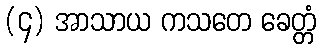
(၄) အာသာယ ကသတေ ခေတ္တံ